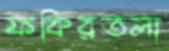
ফকিরতলা